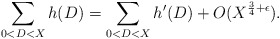
\begin{align*}\sum_{0<D<X} h(D) = \sum_{0<D<X} h'(D) + O(X^{\frac{3}{4}+\epsilon}).\end{align*}